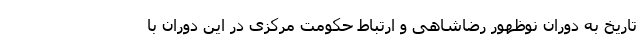
تاریخ به دوران نوظهور رضاشاهی و ارتباط حکومت مرکزی در این دوران با